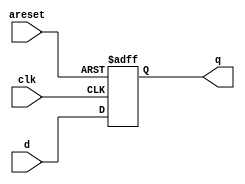
module top_module (
    input clk,
    input areset,   // active high asynchronous reset
    input [7:0] d,
    output [7:0] q
);

    always@(posedge clk, posedge areset)begin
        if(areset)
            q<=8'h00;
        else
      		q <= d;

    end
endmodule